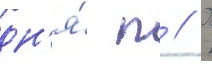
дн'я́ п // П